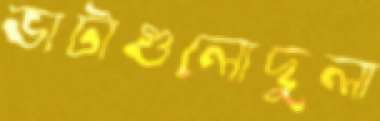
ভাটাগুলোদুলা